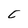
Character: C